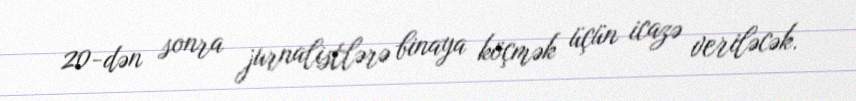
20-dən sonra jurnalistlərə binaya köçmək üçün icazə veriləcək.